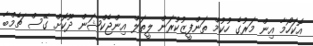
އޮކަހޯމާ އިން މަރުގެ ހުކުމް ތަންފީޒުކުރަން ލީތަލް އިންޖެކްޝަން ދޫކޮށް ގޭސް ޗެމްބާ